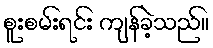
စူးစမ်းရင်း ကျန်ခဲ့သည်။